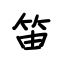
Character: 笛